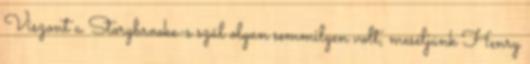
Viszont a Storybrooke-s szál olyan semmilyen volt, meséljünk Henry